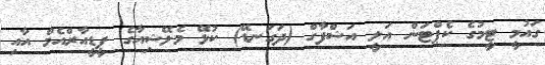
ގައުމީ ޓީމުގެ ކެޕްޓަން އަލީ އަޝްފާގް (ދަގަނޑޭ) ކުޅޭ މެލޭޝިއާގެ ޕީޑީއާރްއެމް އާއި